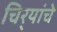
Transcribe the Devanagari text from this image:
चिर्‍यांचे